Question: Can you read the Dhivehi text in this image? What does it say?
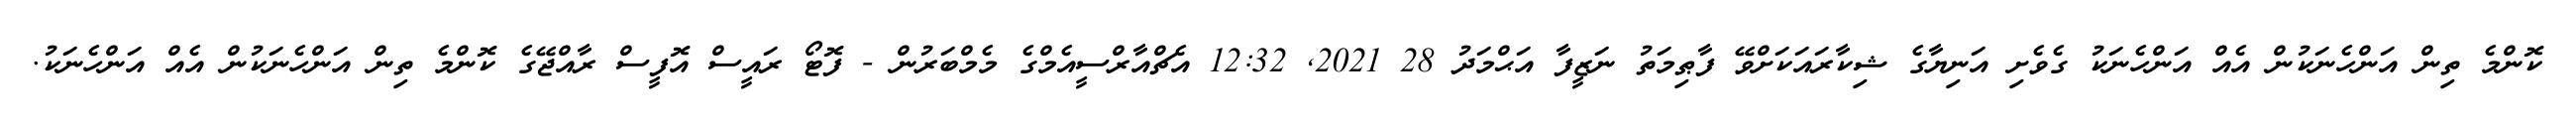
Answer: ކޮންމެ ތިން އަންހެނަކުން އެއް އަންހެނަކު ގެވެށި އަނިޔާގެ ޝިކާރައަކަށްވޭ ފާޠިމަތު ނަޒީފާ އަޙްމަދު 28 2021, 12:32 އެޗްއާރްސީއެމްގެ މެމްބަރުން - ފޮޓޯ ރައީސް އޮފީސް ރާއްޖޭގެ ކޮންމެ ތިން އަންހެނަކުން އެއް އަންހެނަކު.